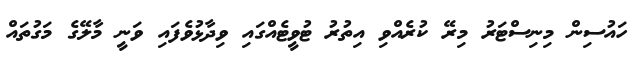
ހައުސިން މިނިސްޓަރު މިރޭ ކުރެއްވި އިތުރު ޓުވީޓެއްގައި ވިދާޅުވެފައި ވަނީ މާލޭގެ މަގުތައް